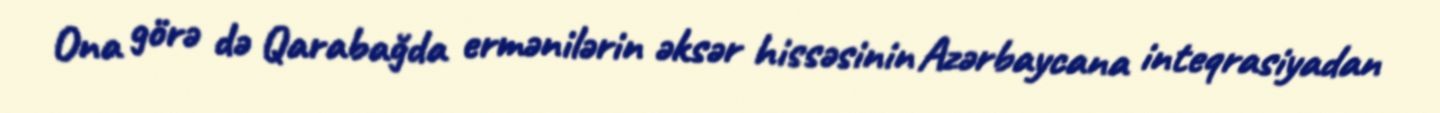
Ona görə də Qarabağda ermənilərin əksər hissəsinin Azərbaycana inteqrasiyadan